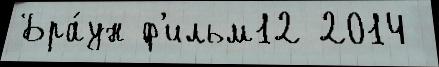
Бра́ун ф'ильм12 2014